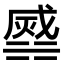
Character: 𣹹